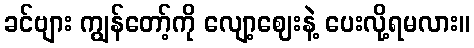
ခင်ဗျား ကျွန်တော့်ကို လျော့ဈေးနဲ့ ပေးလို့ရမလား။